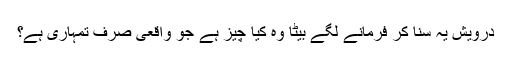
درویش یہ سُنا کر فرمانے لگے بِیٹا وہ کیا چیز ہے جو واقعی صرف تمہاری ہے؟